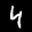
Label: 4